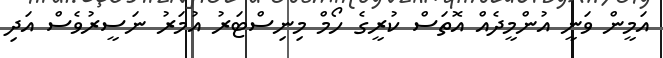
އަމީން ވަނީ އުންމީދެއް އޮތަސް ކުރީގެ ހޯމް މިނިސްޓަރު އުމަރު ނަސީރުވެސް އަދި